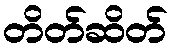
တိတ်ဆိတ်